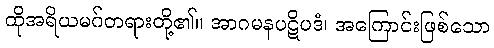
ထိုအရိယမဂ်တရားတို့၏။ အာဂမနပဋိပဒံ၊ အကြောင်းဖြစ်သော